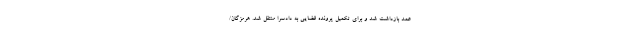
عمد بازداشت شد و برای تکمیل پرونده قضایی به دادسرا منتقل شد. هرمزگان/